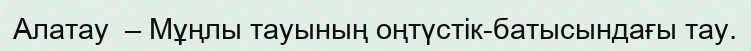
Алатау  – Мұңлы тауының оңтүстік-батысындағы тау.